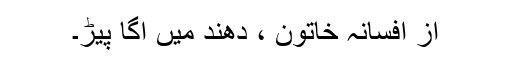
از افسانہ خاتون ، دھند میں اگا پیڑ۔